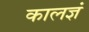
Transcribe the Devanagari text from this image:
कालज्ञं